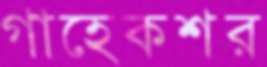
গাহেকশর